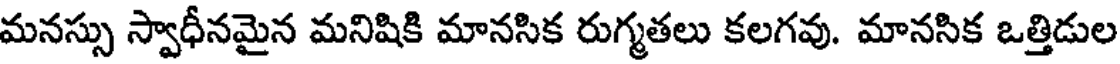
మనస్సు స్వాధీనమైన మనిషికి మానసిక రుగ్మతలు కలగవు. మానసిక ఒత్తిడుల